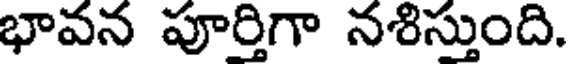
భావన పూర్తిగా నశిస్తుంది.